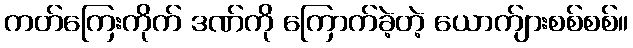
ကတ်ကြေးကိုက် ဒဏ်ကို ကြောက်ခဲ့တဲ့ ယောက်ျားစစ်စစ်။